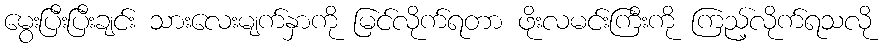
မွေးပြီးပြီးချင်း သားလေးမျက်နှာကို မြင်လိုက်ရတာ ဖိုးလမင်းကြီးကို ကြည့်လိုက်ရသလို